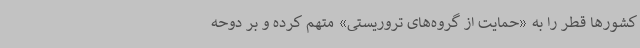
کشورها قطر را به «حمایت از گروه‌های تروریستی» متهم کرده و بر دوحه